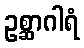
ဥစ္ဆာဂါရံ